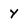
Character: y